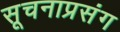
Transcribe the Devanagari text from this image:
सूचनाप्रसंग